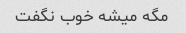
مگه میشه خوب نگفت